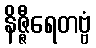
နိဇ္ဇီရေတဗ္ဗံ